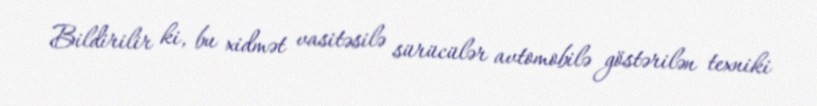
Bildirilir ki, bu xidmət vasitəsilə sürücülər avtomobilə göstərilən texniki